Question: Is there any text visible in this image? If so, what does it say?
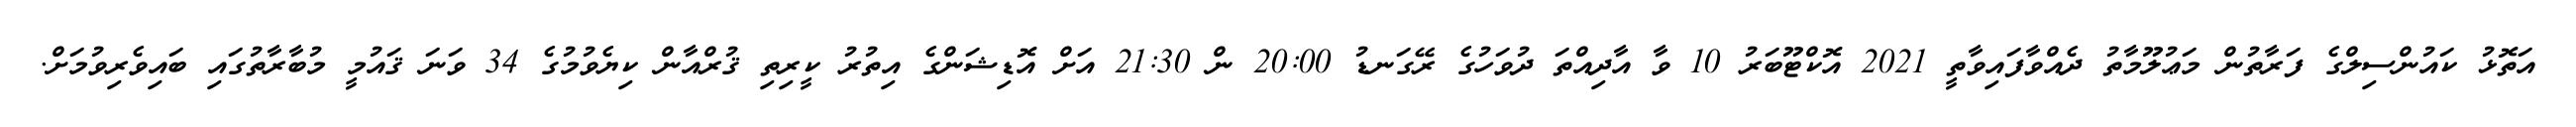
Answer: އަތޮޅު ކައުންސިލްގެ ފަރާތުން މަޢުލޫމާތު ދެއްވާފައިވާތީ 2021 އޮކްޓޫބަރު 10 ވާ އާދިއްތަ ދުވަހުގެ ރޭގަނޑު 20:00 ން 21:30 އަށް އޮޑިޝަންގެ އިތުރު ކީރިތި ޤުރްއާން ކިޔެވުމުގެ 34 ވަނަ ޤައުމީ މުބާރާތުގައި ބައިވެރިވުމަށް.